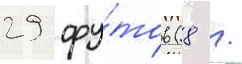
29 фу́тов (8 /